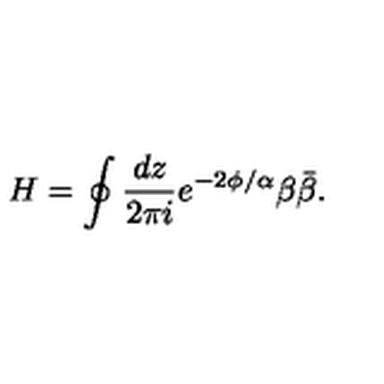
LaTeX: H = \oint { \frac { d z } { 2 \pi i } } e ^ { - 2 \phi / \alpha } \beta \bar { \beta } .